Vana-Antsla_vallavalitsus, lk 95
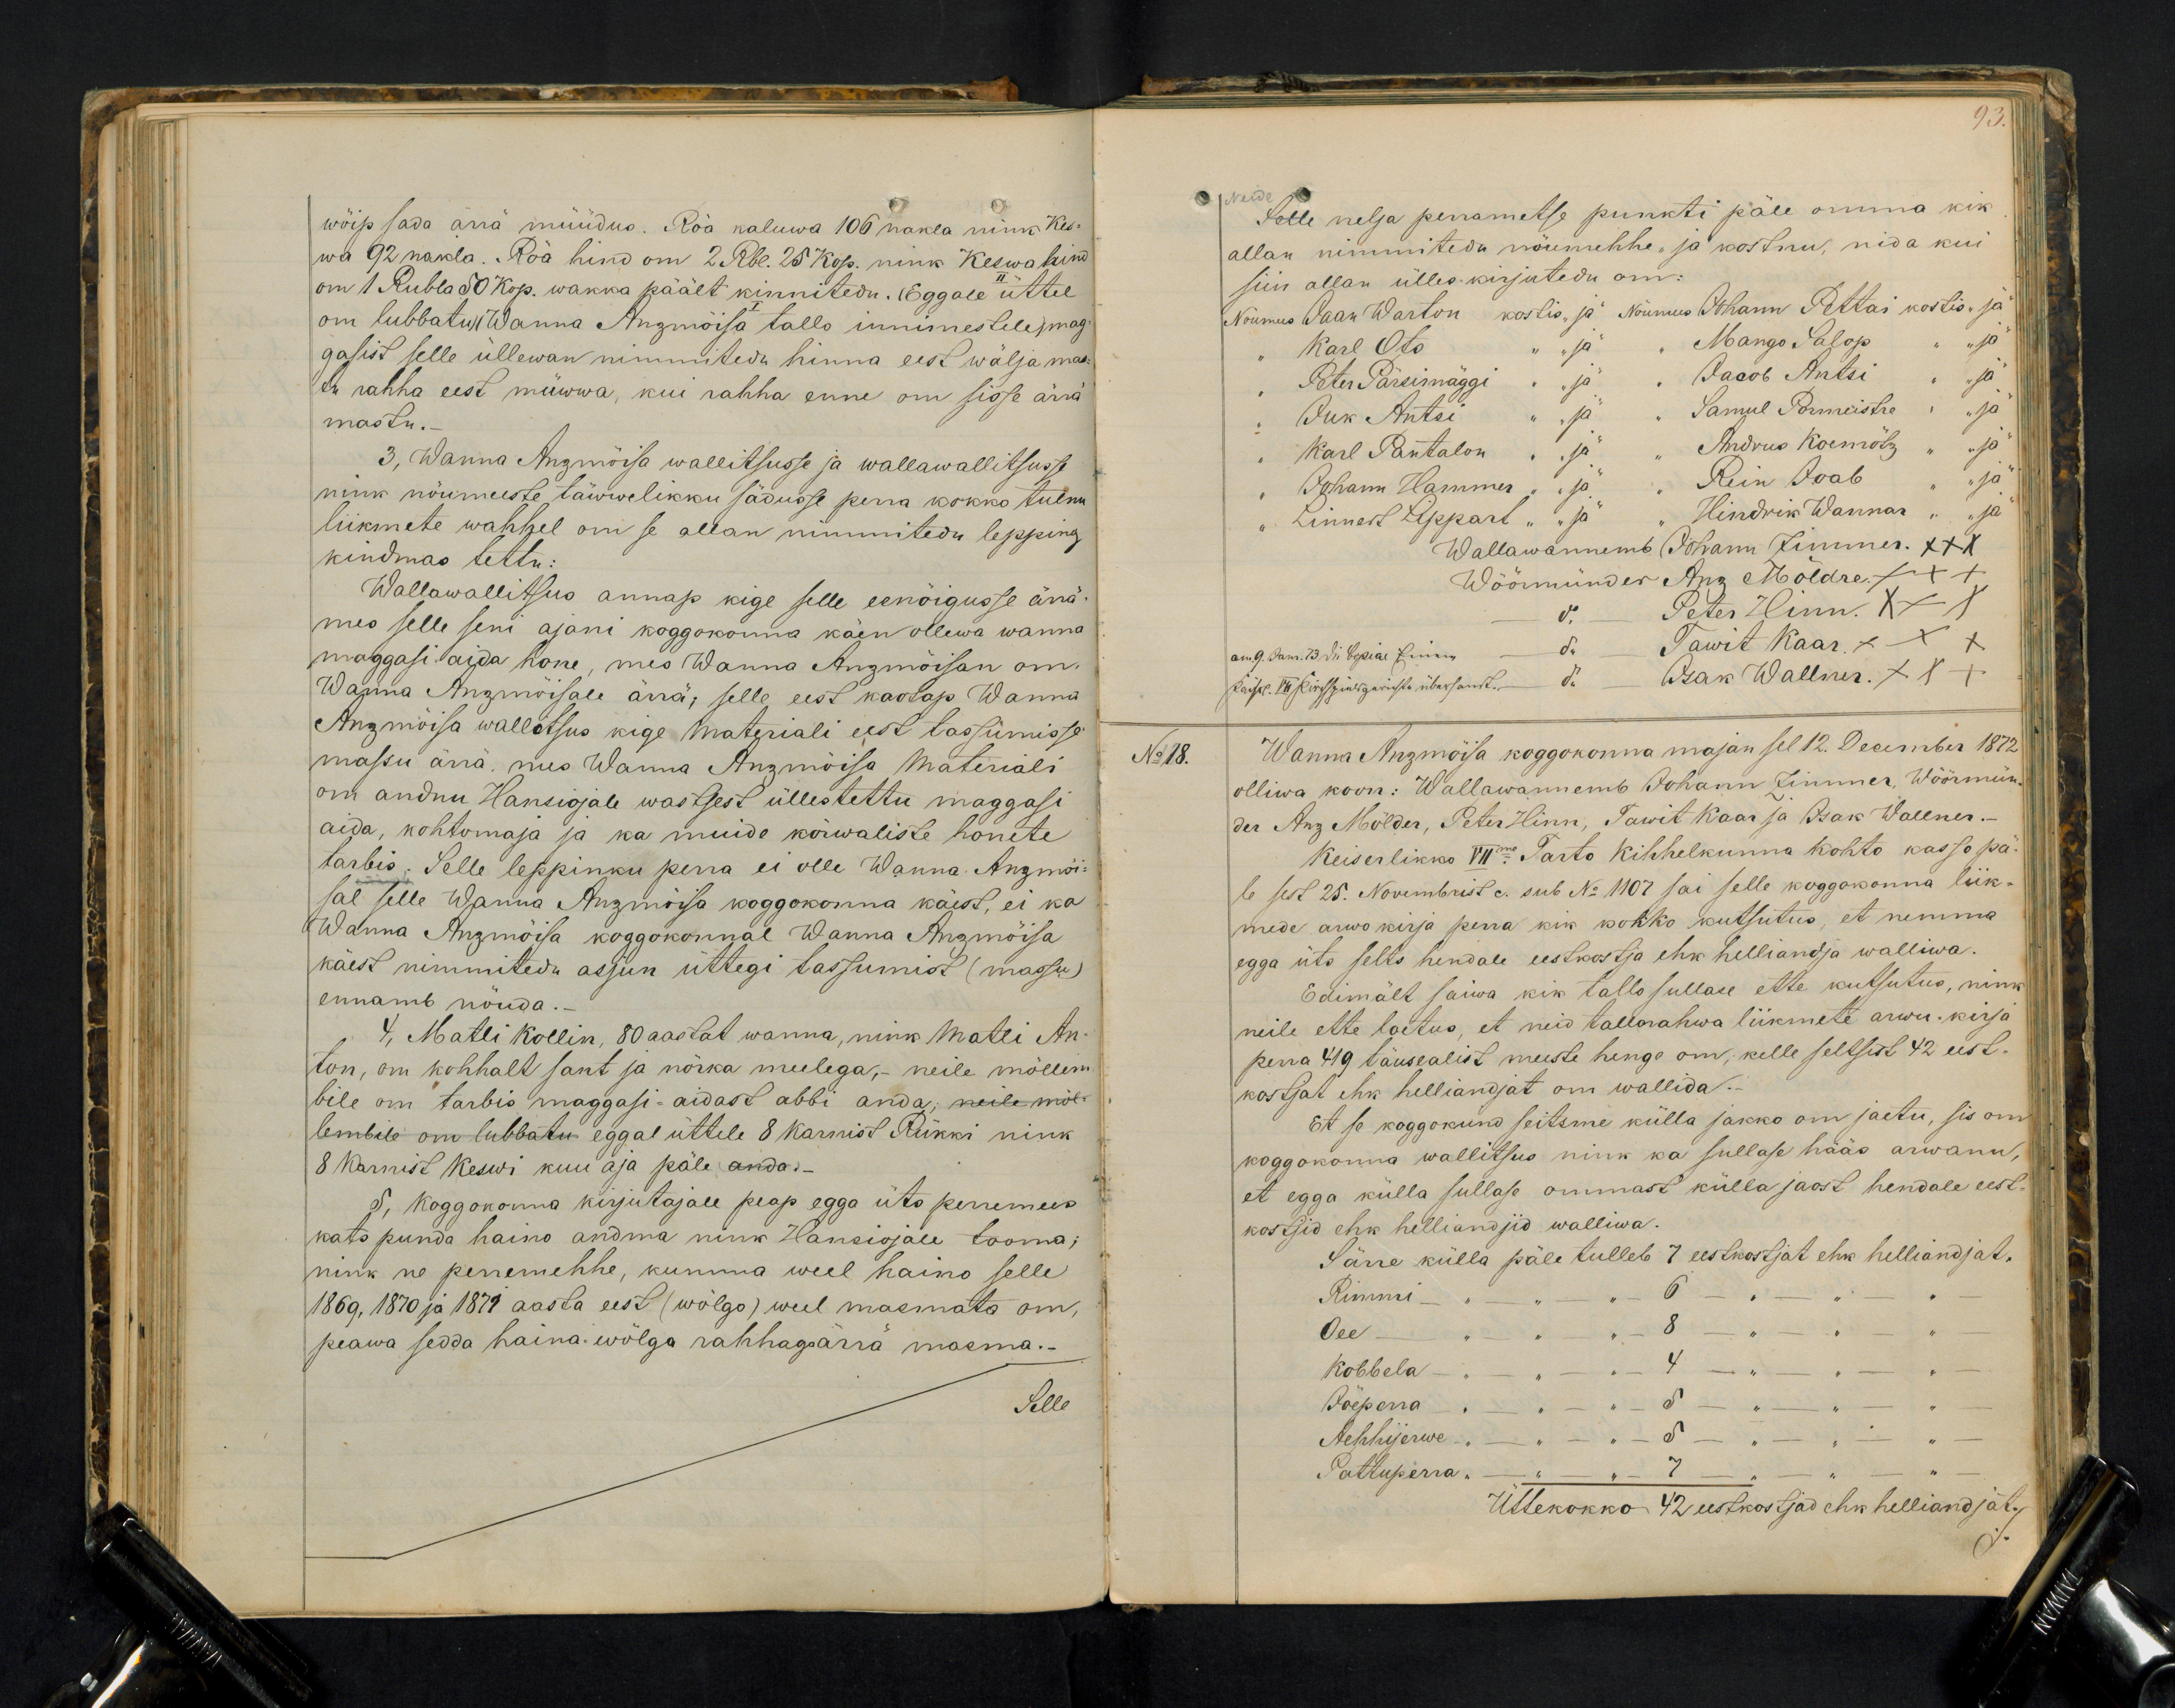
wöip sada ärrä müüdus. Röa kaluwa 106 nakla nink Kes-
wa 92 nakla. Röa hind om 2 Rbl. 25 kop. nink Keswa hind
om 1 Rubla 50 kop. wakka päält kinnitedu. (Eggale II üttel
om lubbatus) (Wanna Anzmõisa tallo innimestele, mag.
gasist selle üllewan nimmiteda hinna eest wälja mas-
mastu.
tu rahha eest müwwa, kui rahha enne om sisse ärrä
3, Wanna Anzmöisa wallitsusse ja wallawallitsusse
nink nöumeeste täwwelikku sädusse korra kokko tulnu
liikmete wahhel on se allan nimmitedu lepping
kindmas tettu.
Wallawallitsus annap kige selle eenöigusse ärrä
mes selle seni ajani koggokonna käen ollewa wanna
maggasi aida hone, mes Wanna Anzmöisan om
Wanna Anzmöisale ärra; selle eest kaotap Wanna
Anzmöisa wallitsus kige materiali eest tassumisse
massu ärrä, mis Wanna Anzmöisa Materiali
om andnu Hansiojale wastsest üllestettu maggasi
aida, kohtomaja ja ka muide körwaliste honete
tarbis. Selle leppinku perra ei olle Wanna-Anzmöi-
sal selle Wanna Anzmöisa koggokonna käest, ei ka
Wanna Anzmöisa koggokonnal Wanna Anzmöisa
käest nimmitedu asjun üttegi tassumist (massu)
ennamb nöuda.-
4. Matli Kollin, 80 aastat wanna, nink Matli An-
ton, on kohhalt sant ja nörka meelega, neile möllem
bile on tarbis maggasi-aidase abbi anda; neile möl-
lembile on lubbatu eggal üttele 8 karnist Rükki nink
8 Karnist Keswi kuu aja päle anda-
5, Koggokonna kirjutajale peap egga üts perremees
kats punda heino andma nink Hansiojale tooma;
nink ne perremehhe, kumma weel haino selle
1869, 1870 ja 1877 aasta eest (wölgo) weel masmata om,
peawa sedda haina-wölga rahhaga ärrä masma.-
Selle

93
Selle nelja perrametse punkti päle omma kik
allak nimmiteda nöumehhe, ja kostnu, nida kui
siin allan ülles kirjutedu om:
Nöumees Jaak Warton kostis "ja" Nöumees Johann Pettai koolis "ja
"Karl Ots " "ja" " Mango Salop. " "ja
Peter Pärsimärgi " "ja" " Jakob Antsi " "ja
- Iuk Antsi " "ja" " Samul Pormeistre " "ja
"Karl Pantalon " "ja" " Andrus Koemötz " "ja
"Johann Hammer " "ja" " Rein Ioab " "ja
"Linnest Lippart " "ja" " Hindrik Wannan " "ja
Wallawannemb Johann Zimmer. XXX
Wõõrmünder Anz Möldre XXX
do. - Peter Hinn XXX
- do. Tawit Kaar xxx
- do. Isak Wallner xxx
No 18.
Wanna Anzmöisa koggokonna majan sel 12. December 1872
olliwa koon: Wallawannemb Johann Zimmer, Wöörmün-
der Anz Mölder, Peter Hinn, Tawit Kaar ja Isak Wallner.-
Keiserlikko VIIme. - Tarto Kihhelkonna Kohto kasso pä-
le sest 25. Nowembrist c. sub No 1107 sai selle koggokonna liik-
mede arwo kirja perra kik kokko kutsutus, et nemma
egga üts selts hendale eestkostja ehk helliandja walliwa.
Edimält saiwa kik tallo sullase ette kutsutus, nink
neile ette loetus, et neid tallorahwa liikmete arwu-kirja
perra 419 täusealist meeste henge om; kelle seltsist 42 eest.
kostjat ehk helliandjat om wallida.
Et se koggokund seitsime külla jakko om jaetu, sis om
koggokonna wallitsus nink ka sullase hääs arwanu,
et egga külla sullase ommast külla jaost hendale eest-
kostjid ehk helliandjid walliwa.
Särre külla päle tulleb 7 eestkostjat ehk helliandjat.
Rimmi - " - " - " - 6 - " - " - "
Oee - " - " - " - 8 - " - " - " -
Kobbela - " - " - " - 4 - " - " - " -
Jöeperra - " - " - " - 5 - " - " - " -
Aehhhijerwe - " - " - " - 5 - " - " - " -
Pattuperra - " - " - " - 7 - " - " - " -
Üttekokko 42 eestkostjad ehk helliandjat.